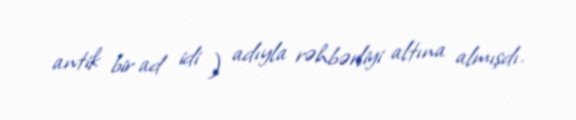
antik bir ad idi ) adıyla rəhbərliyi altına almışdı.